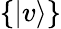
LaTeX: \{ |v\rangle\}